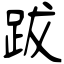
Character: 跋